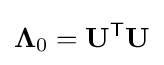
{\boldsymbol {\Lambda }}_{0}=\mathbf {U} ^{\mathsf {T}}\mathbf {U}